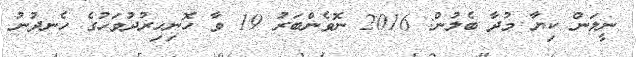
ނީލަން ކިޔާ މުދާ ބެލުން: 2016 ނޮވެންބަރު 19 ވާާ ހޮނިހިރުދުވަހުގެ ހެނދުނު